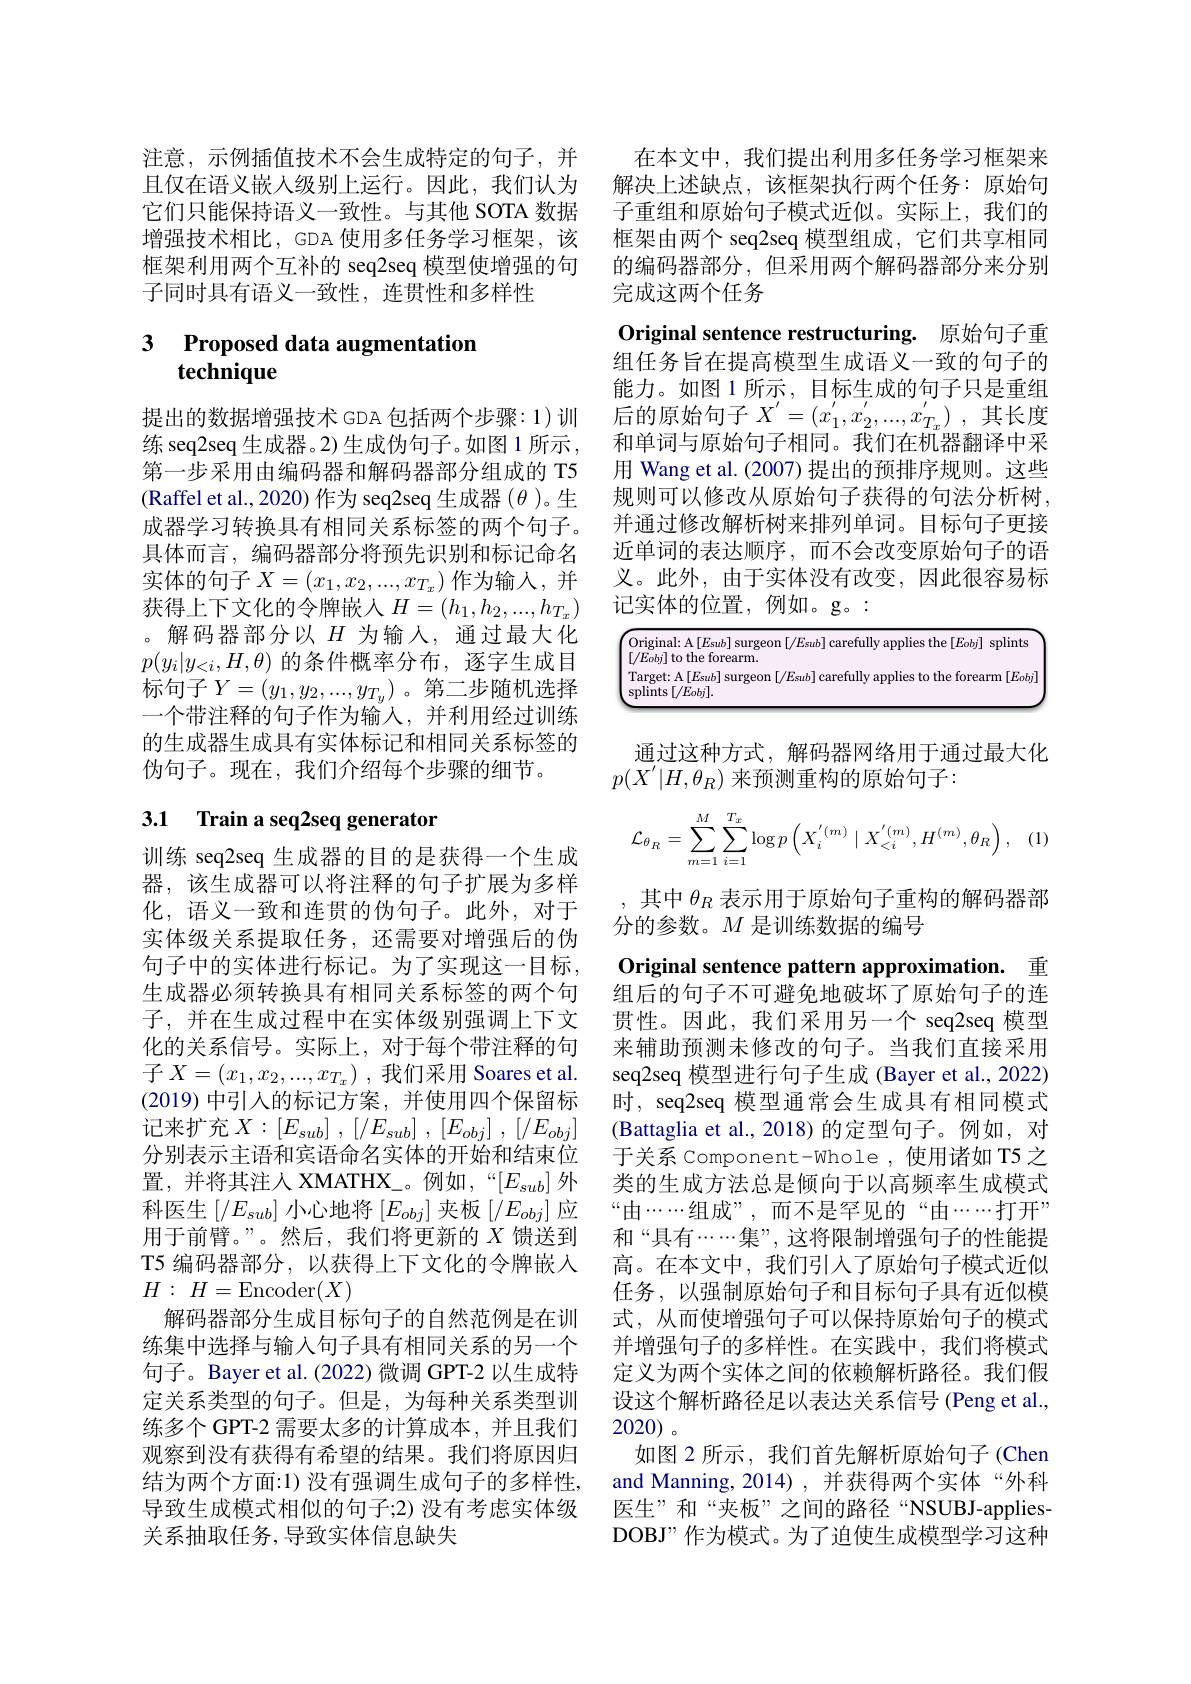
注意，示例插值技术不会生成特定的句子，并
且仅在语义嵌人级别上运行。因此，我们认为 解决上述缺点，该框架执行两个任务：原始句
它们只能保持语义一致性。与其他 SOTA 数据增强技术相比，GDA 使用多任务学习框架，该框架利用两个互补的 seq2seq 模型使增强的句子同时具有语义一致性，连贯性和多样性

# 3 Proposed data augmentation $\tilde{\textbf{technique}}$

提出的数据增强技术 GDA 包括两个步骤：1)训练 seq2seq 生成器。2)生成伪句子。如图 1 所示， 第一步采用由编码器和解码器部分组成的 T5 (Raffel et al., 2020) 作为 seq2seq 生成器$(\theta)$。生成器学习转换具有相同关系标签的两个句子。具体而言，编码器部分将预先识别和标记命名实体的句子$X=(x_1,x_2,...,x_{T_x})$作为输入，并获得上下文化的令牌嵌人$H=(h_1,h_2,...,h_{T_x})$ 。解码器部分以$H$为输入，通过最大化$p(y_i|y_{<i},H,\theta)$的条件概率分布，逐字生成目标句子$Y=(y_1,y_2,...,y_{T_y})$。第二步随机选择一个带注释的句子作为输入，并利用经过训练的生成器生成具有实体标记和相同关系标签的伪句子。现在，我们介绍每个步骤的细节。

# 3.1 Train a seq2seq generator

训练 seq2seq 生成器的目的是获得一个生成器，该生成器可以将注释的句子扩展为多样化，语义一致和连贯的伪句子。此外，对于实体级关系提取任务，还需要对增强后的伪句子中的实体进行标记。为了实现这一目标， 生成器必须转换具有相同关系标签的两个句子，并在生成过程中在实体级别强调上下文化的关系信号。实际上，对于每个带注释的句子$X= ( x_{1}, x_{2}, . . . , x_{T_{x}})$ ,我们采用 Soares et al. (2019)中引入的标记方案，并使用四个保留标记来扩充$X: [ E_sub]$ , $[ / E_{sub}]$ , $[ E_{obj}]$ , $[ / E_{obj}]$ 分别表示主语和宾语命名实体的开始和结束位置，并将其注入 XMATHX\_。例如，“$[E_{sub}]$外科医生$\left[/E_{sub}\right]$小心地将$\left[E_obj\right]$夹板$\left[/E_{obj}\right]$应用于前臂。”。然后，我们将更新的$X$馈送到T5 编码器部分，以获得上下文化的令牌嵌人$H:$ $H=$Encoder$(X)$
解码器部分生成目标句子的自然范例是在训练集中选择与输入句子具有相同关系的另一个句子。Bayer et al.(2022)微调 GPT-2 以生成特定关系类型的句子。但是，为每种关系类型训练多个 GPT-2 需要太多的计算成本，并且我们观察到没有获得有希望的结果。我们将原因归结为两个方面：1) 没有强调生成句子的多样性， 导致生成模式相似的句子；2) 没有考虑实体级关系抽取任务，导致实体信息缺失

在本文中，我们提出利用多任务学习框架来子重组和原始句子模式近似。实际上，我们的框架由两个 seq2seq 模型组成，它们共享相同的编码器部分，但采用两个解码器部分来分别完成这两个任务
Original sentence restructuring. 原始句子重组任务旨在提高模型生成语义一致的句子的能力。如图 1 所示 , 目标生成的句子只是重组后的原始句子$X^\prime = ( x_1^{\prime }, x_2^{\prime }, . . . , x_{T_x}^{\prime })$ ,其长度和单词与原始句子相同。我们在机器翻译中采用 Wang et al. (2007) 提出的预排序规则。这些规则可以修改从原始句子获得的句法分析树， 并通过修改解析树来排列单词。目标句子更接近单词的表达顺序，而不会改变原始句子的语义。此外，由于实体没有改变，因此很容易标记实体的位置，例如。g。:

$\overbrace{\begin{bmatrix}\text{Original: A}[E_{sub}]\mathrm{~surgeon~}[/E_{sub}]\mathrm{~carefully~applies~the~}[Eobj]\mathrm{~splints}\\[/Eobj]\mathrm{~to~the~forearm.}&&&&&\\\end{bmatrix}}$

$\left(\begin{array}{l}{\mathrm{Target:~A}[E_{sub}]\text{ surgeon }[/E_{sub}]\text{ carefully applies to the forearm }[E_{obj}]}\\{\mathrm{splints}[/E_{obj}].}\end{array}\right)$

通过这种方式，解码器网络用于通过最大化
$p(X^{\prime}|H,\theta_R)$来预测重构的原始句子：
$$\mathcal{L}_{\theta_R}=\sum_{m=1}^{M}\sum_{i=1}^{T_x}\log p\left(X_i^{'(m)}\mid X_{<i}^{'(m)},H^{(m)},\theta_R\right),$$
其中$\theta_R$表示用于原始句子重构的解码器部
分的参数。$M$是训练数据的编号

Original sentence pattern approximation. 重组后的句子不可避免地破坏了原始句子的连贯性。因此，我们采用另一个 seq2seq 模型来辅助预测未修改的句子。当我们直接采用seq2seq 模型进行句子生成 (Bayer et al., 2022) 时，seq2seq 模型通常会生成具有相同模式(Battaglia et al., 2018)的定型句子。例如，对于关系 Component-Whole,使用诸如 T5 之类的生成方法总是倾向于以高频率生成模式“由“$\cdots\cdots$组成”,而不是罕见的“由“$\cdots\cdots$打开” 和“具有“......集”,这将限制增强句子的性能提高。在本文中，我们引入了原始句子模式近似任务，以强制原始句子和目标句子具有近似模式，从而使增强句子可以保持原始句子的模式并增强句子的多样性。在实践中，我们将模式定义为两个实体之间的依赖解析路径。我们假设这个解析路径足以表达关系信号 (Peng et al., 2020)。
如图 2 所示，我们首先解析原始句子 (Chen and Manning, 2014), 并获得两个实体“外科医生”和“夹板”之间的路径“NSUBJ-appliesDOBJ”作为模式。为了迫使生成模型学习这种